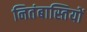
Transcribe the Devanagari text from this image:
नितंबास्तियों